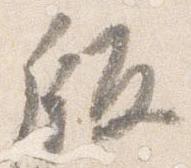
版